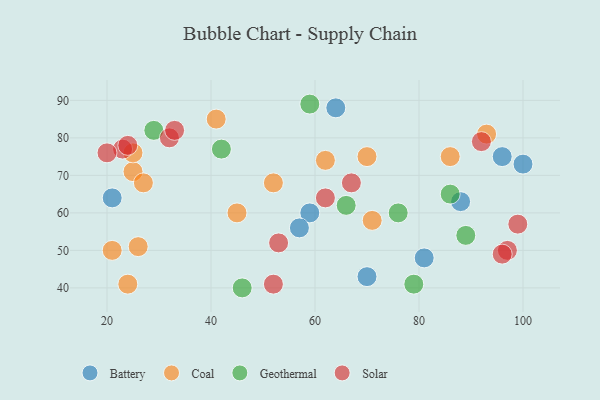
{"axis": {"x": "GDP", "y": "Life Expectancy"}, "legend": ["Battery", "Coal", "Geothermal", "Solar"], "data": [{"x": "64", "y": 88, "type": "Battery"}, {"x": "59", "y": 60, "type": "Battery"}, {"x": "81", "y": 48, "type": "Battery"}, {"x": "57", "y": 56, "type": "Battery"}, {"x": "88", "y": 63, "type": "Battery"}, {"x": "21", "y": 64, "type": "Battery"}, {"x": "96", "y": 75, "type": "Battery"}, {"x": "70", "y": 43, "type": "Battery"}, {"x": "100", "y": 73, "type": "Battery"}, {"x": "93", "y": 81, "type": "Coal"}, {"x": "71", "y": 58, "type": "Coal"}, {"x": "41", "y": 85, "type": "Coal"}, {"x": "62", "y": 74, "type": "Coal"}, {"x": "70", "y": 75, "type": "Coal"}, {"x": "25", "y": 71, "type": "Coal"}, {"x": "27", "y": 68, "type": "Coal"}, {"x": "45", "y": 60, "type": "Coal"}, {"x": "26", "y": 51, "type": "Coal"}, {"x": "52", "y": 68, "type": "Coal"}, {"x": "24", "y": 41, "type": "Coal"}, {"x": "25", "y": 76, "type": "Coal"}, {"x": "21", "y": 50, "type": "Coal"}, {"x": "86", "y": 75, "type": "Coal"}, {"x": "66", "y": 62, "type": "Geothermal"}, {"x": "79", "y": 41, "type": "Geothermal"}, {"x": "29", "y": 82, "type": "Geothermal"}, {"x": "59", "y": 89, "type": "Geothermal"}, {"x": "89", "y": 54, "type": "Geothermal"}, {"x": "42", "y": 77, "type": "Geothermal"}, {"x": "86", "y": 65, "type": "Geothermal"}, {"x": "46", "y": 40, "type": "Geothermal"}, {"x": "76", "y": 60, "type": "Geothermal"}, {"x": "23", "y": 77, "type": "Solar"}, {"x": "97", "y": 50, "type": "Solar"}, {"x": "92", "y": 79, "type": "Solar"}, {"x": "53", "y": 52, "type": "Solar"}, {"x": "32", "y": 80, "type": "Solar"}, {"x": "24", "y": 78, "type": "Solar"}, {"x": "52", "y": 41, "type": "Solar"}, {"x": "62", "y": 64, "type": "Solar"}, {"x": "67", "y": 68, "type": "Solar"}, {"x": "99", "y": 57, "type": "Solar"}, {"x": "96", "y": 49, "type": "Solar"}, {"x": "20", "y": 76, "type": "Solar"}, {"x": "33", "y": 82, "type": "Solar"}]}